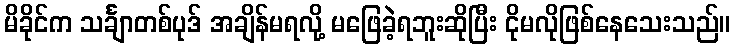
မိခိုင်က သင်္ချာတစ်ပုဒ် အချိန်မရလို့ မဖြေခဲ့ရဘူးဆိုပြီး ငိုမလိုဖြစ်နေသေးသည်။